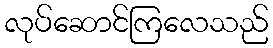
လုပ်ဆောင်ကြလေသည်